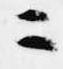
ニ